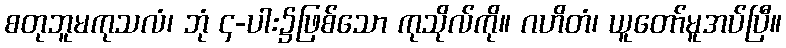
စတုဘူမကုသလံ၊ ဘုံ ၄-ပါး၌ဖြစ်သော ကုသိုလ်ကို။ ဂဟိတံ၊ ယူတော်မူအပ်ပြီ။